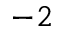
^ { - 2 }